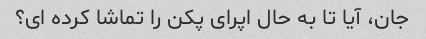
جان، آیا تا به حال اپرای پکن را تماشا کرده ای؟